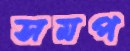
সমপ